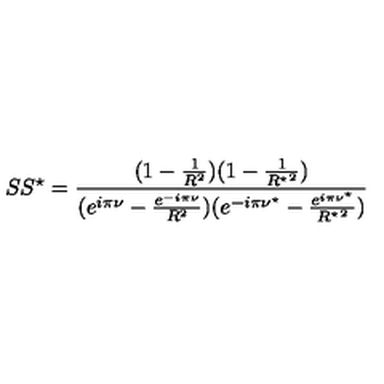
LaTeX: S S ^ { \star } = \frac { ( 1 - \frac { 1 } { R ^ { 2 } } ) ( 1 - \frac { 1 } { { R ^ { \star } } ^ { 2 } } ) } { ( e ^ { i \pi \nu } - \frac { e ^ { - i \pi \nu } } { R ^ { 2 } } ) ( e ^ { - i \pi \nu ^ { \star } } - \frac { e ^ { i \pi \nu ^ { \star } } } { { R ^ { \star } } ^ { 2 } } ) }